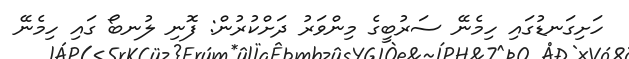
ހަށިިގަނޑުގައި ހިމެނޭ ސަރުބީގެ މިންވަރު ދަށްކުރުން: ފޮނި ލުނބޯ ގައި ހިމެނޭ